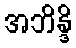
အဘိန္ဒိ